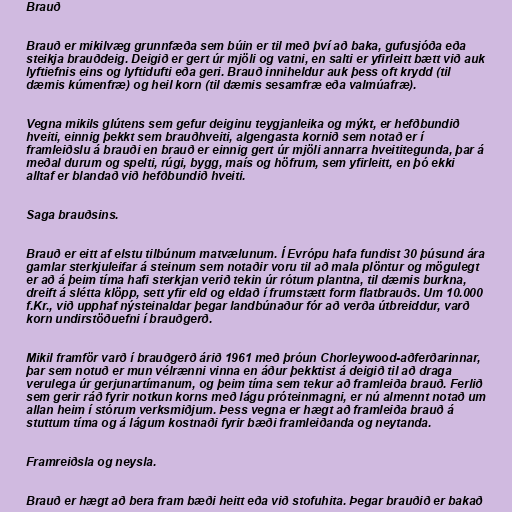
Brauð

Brauð er mikilvæg grunnfæða sem búin er til með því að baka, gufusjóða eða
steikja brauðdeig. Deigið er gert úr mjöli og vatni, en salti er yfirleitt bætt við auk
lyftiefnis eins og lyftidufti eða geri. Brauð inniheldur auk þess oft krydd (til
dæmis kúmenfræ) og heil korn (til dæmis sesamfræ eða valmúafræ).

Vegna mikils glútens sem gefur deiginu teygjanleika og mýkt, er hefðbundið
hveiti, einnig þekkt sem brauðhveiti, algengasta kornið sem notað er í
framleiðslu á brauði en brauð er einnig gert úr mjöli annarra hveititegunda, þar á
meðal durum og spelti, rúgi, bygg, maís og höfrum, sem yfirleitt, en þó ekki
alltaf er blandað við hefðbundið hveiti.

Saga brauðsins.

Brauð er eitt af elstu tilbúnum matvælunum. Í Evrópu hafa fundist 30 þúsund ára
gamlar sterkjuleifar á steinum sem notaðir voru til að mala plöntur og mögulegt
er að á þeim tíma hafi sterkjan verið tekin úr rótum plantna, til dæmis burkna,
dreift á slétta klöpp, sett yfir eld og eldað í frumstætt form flatbrauðs. Um 10.000
f.Kr., við upphaf nýsteinaldar þegar landbúnaður fór að verða útbreiddur, varð
korn undirstöðuefni í brauðgerð.

Mikil framför varð í brauðgerð árið 1961 með þróun Chorleywood-aðferðarinnar,
þar sem notuð er mun vélrænni vinna en áður þekktist á deigið til að draga
verulega úr gerjunartímanum, og þeim tíma sem tekur að framleiða brauð. Ferlið
sem gerir ráð fyrir notkun korns með lágu próteinmagni, er nú almennt notað um
allan heim í stórum verksmiðjum. Þess vegna er hægt að framleiða brauð á
stuttum tíma og á lágum kostnaði fyrir bæði framleiðanda og neytanda.

Framreiðsla og neysla.

Brauð er hægt að bera fram bæði heitt eða við stofuhita. Þegar brauðið er bakað